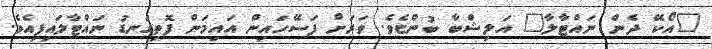
"އޯކޭ ދެން ނައްޓާލާ" އަލިޝްބާ ބުންޏެވެ. ވަރަށް ފަސޭހައިން އައިމަން ފޮތިގަނޑު ނައްޓާލައިފިއެވެ.